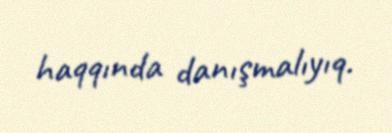
haqqında danışmalıyıq.